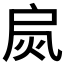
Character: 𢩂